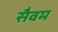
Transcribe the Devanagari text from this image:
सैवम